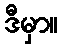
ဒီမှာ။